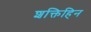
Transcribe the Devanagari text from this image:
शक्तिहिन